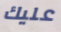
عليك